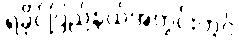
ရခိုင်ပြည်နယ်အတွင်းတွင်